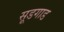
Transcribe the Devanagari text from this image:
सूडगाड